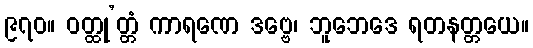
၉၇၀။ ဝတ္ထု’တ္တံ ကာရဏေ ဒဗ္ဗေ၊ ဘူဘေဒေ ရတနတ္တယေ။